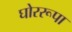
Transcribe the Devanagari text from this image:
घोररूपा